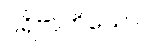
ပရိဗာဟိယော